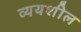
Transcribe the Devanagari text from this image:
व्ययशील